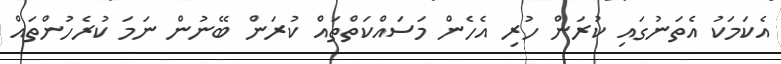
އެކަމަކު އެތަނުގައި ކުރަން ހުރި އެހެން މަސައްކަތްތައް ކުރަން ބޭނުން ނަމަ ކުރެހުންތައް